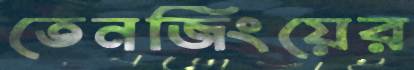
তেনজিংয়ের